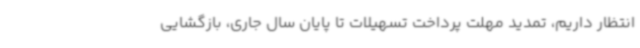
انتظار داریم، تمدید مهلت پرداخت تسهیلات تا پایان سال جاری، بازگشایی